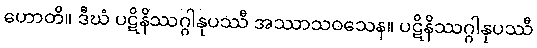
ဟောတိ။ ဒီဃံ ပဋိနိဿဂ္ဂါနုပဿီ အဿာသဝသေန။ ပဋိနိဿဂ္ဂါနုပဿီ